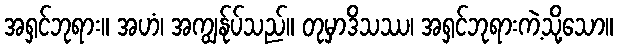
အရှင်ဘုရား။ အဟံ၊ အကျွန်ုပ်သည်။ တုမှာဒိသဿ၊ အရှင်ဘုရားကဲ့သို့သော။